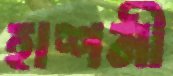
হাশমী